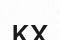
кх